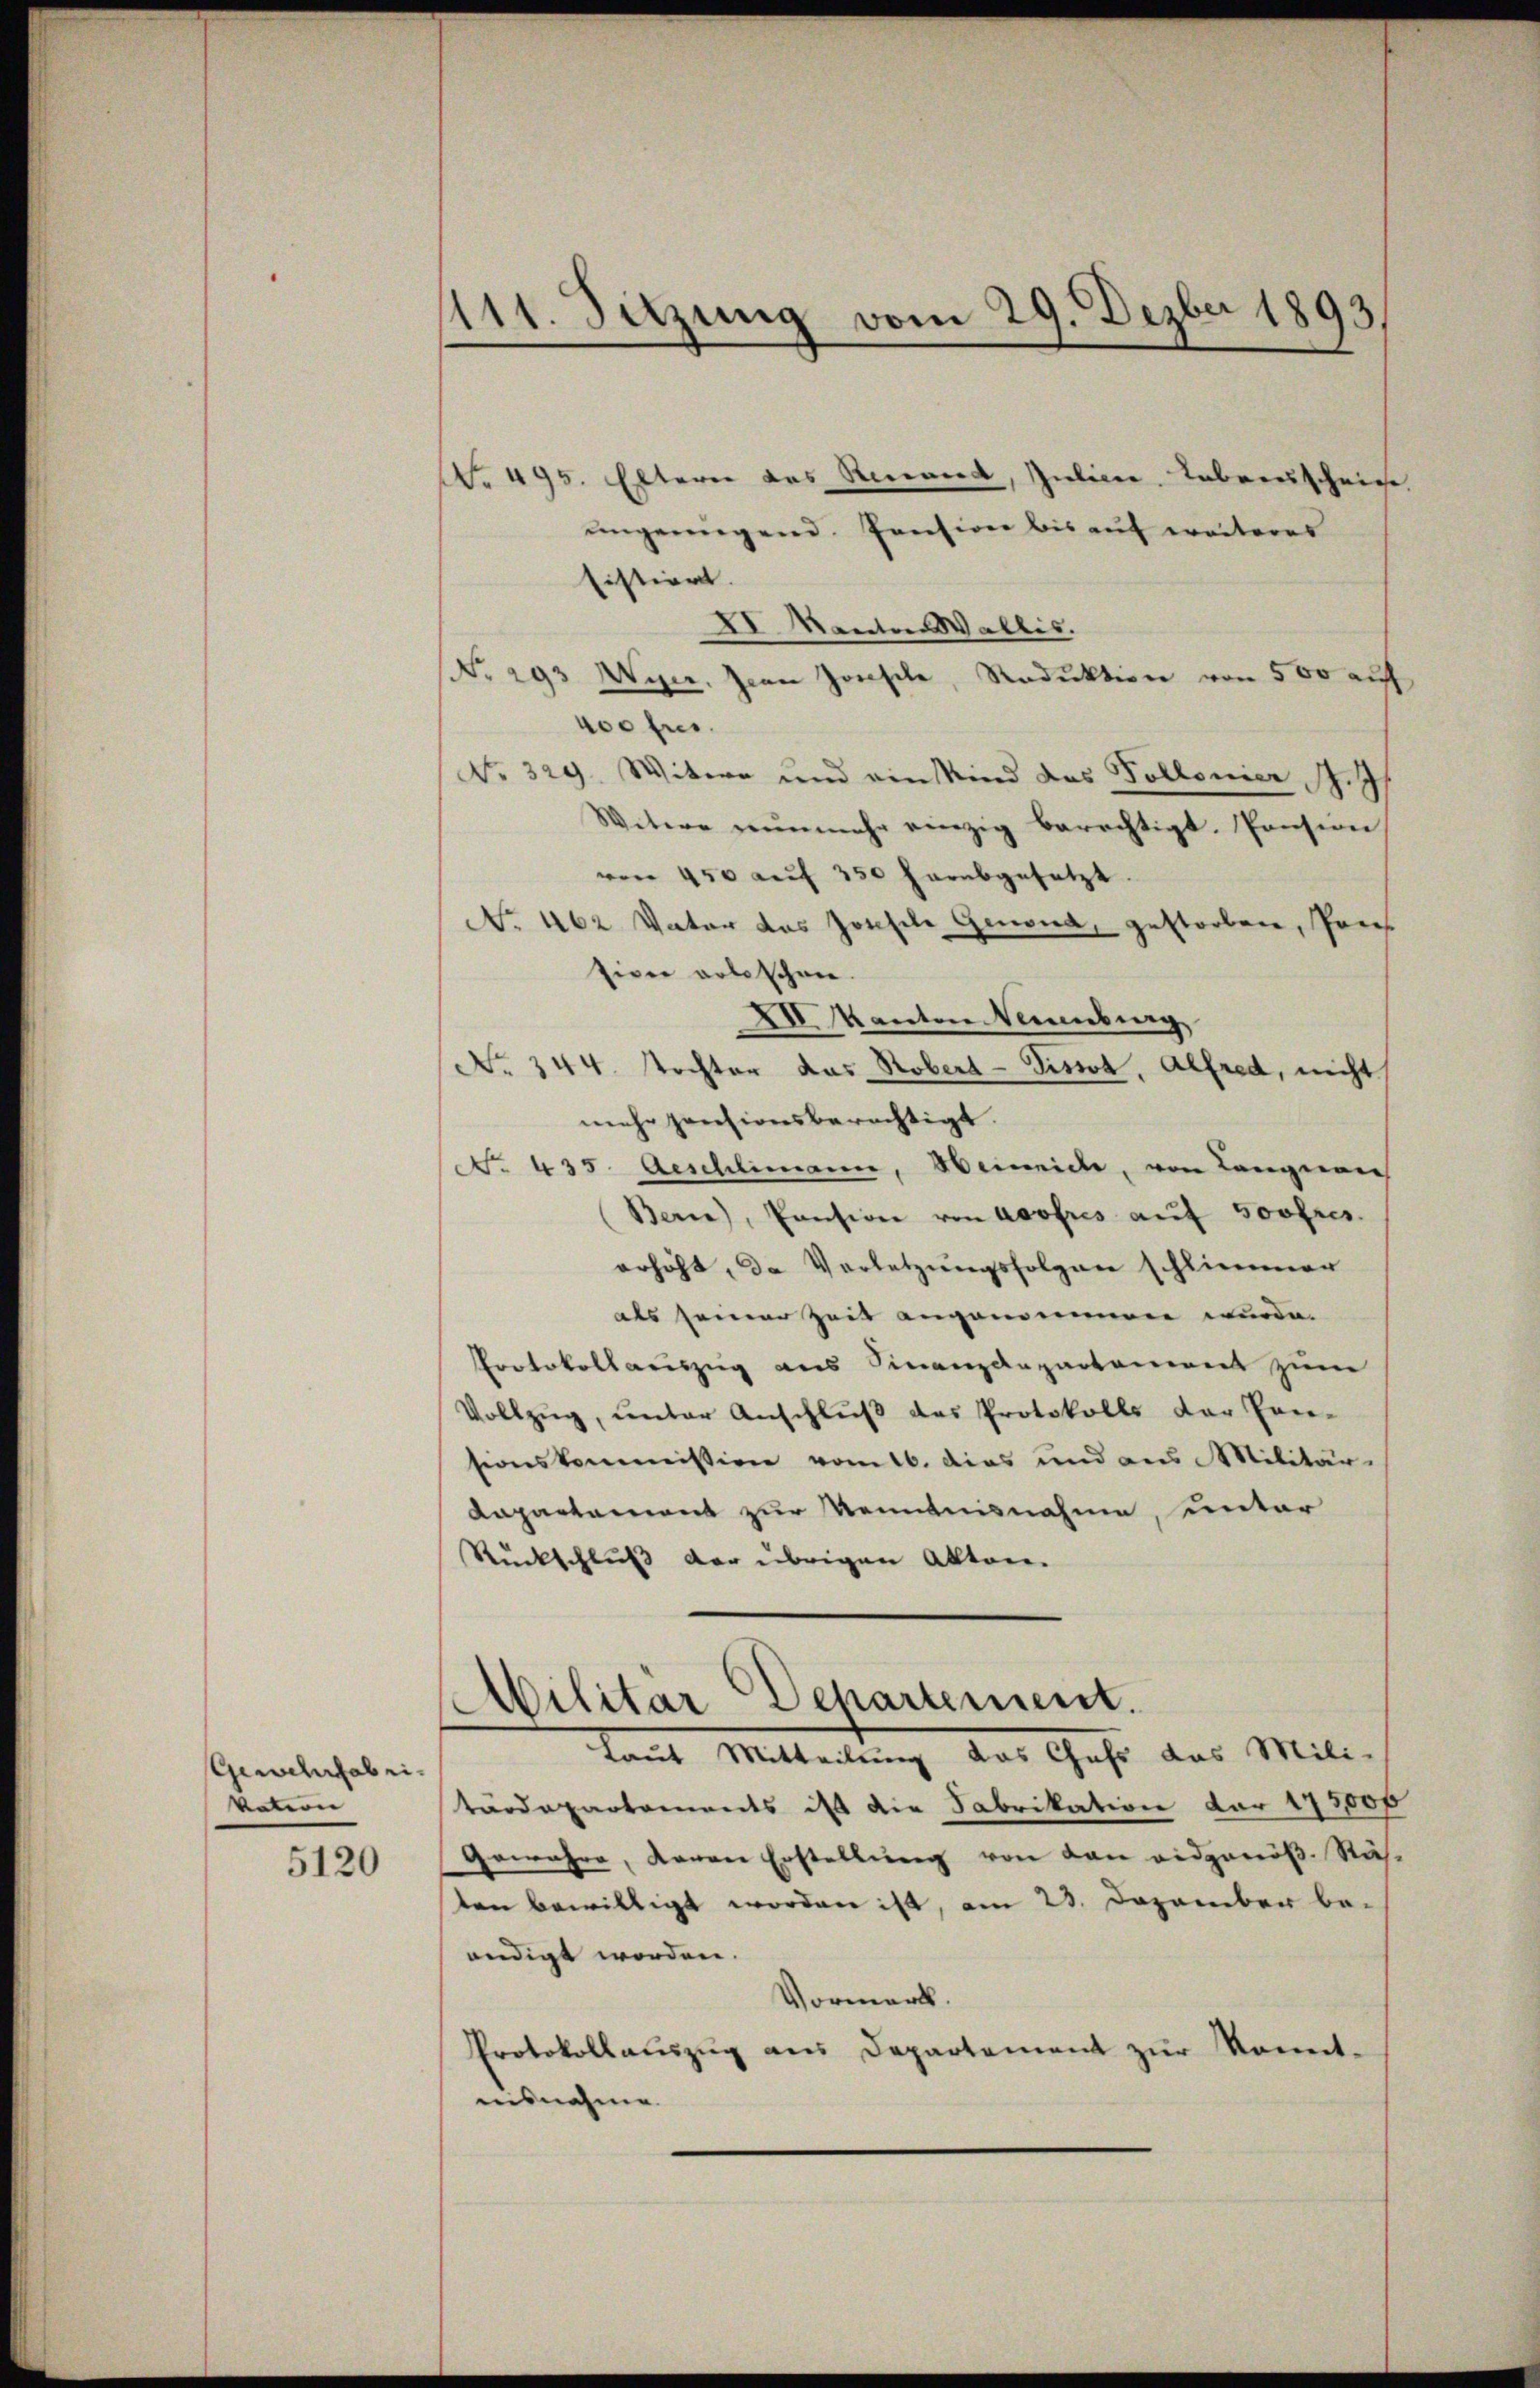
Gewehrfabrivation |

5120

111. Sitzung vom 29. Dezber 1893.

NNo. 495. Eltern das Recad, Juliere Lebenschrie
ŭngenügend. Pension bis aŭf weiteres
Eistiert.
XI Mentor Wallis.
No. 293 Wyer. Jean Zonsche, Reduktion von 500 auf
400 frs.
No. 329. Witwe und ein Kind das Pollonier J. J.
Witwe nŭnmehr einzig berechtigt. Pension
von 450 auf 350 herabgesetzt
No. 462 Vater das Josefile Genond, gestorben, Pries
tion erbeschen.
XI Kanton Neuburg
No. 344. Nochter das Stobert - Tisson, Alfred, nicht
mehr pensionsberechtigt.
(NNo. 435. Aeschlimann, eineide, von Langerie
Berne), Pension von Aoofres aŭf Soofres.
erhöht, da Verletzŭngsfolgen schlimmer
als seiner Zeit angenommen wurde.
PProtokollariszug aus Finanzdepartement zum
Vollzŭg, ŭnter Anschlŭβ das Protokolls der Con-
sionskommission vom 16. das und aus Militär
Kapartement zur Kenntnisnahme, unter
Rückschluß der übrigen Akten.
Militar Departement.
laut Mitteilung das Chefs das Mili-
tärdepartements ist die Fabrikation der 173,000
Gewähre, Baron Erstellŭng von dan eidgenöß. Näh
ten bewilligt worden ist, am 23. Dezember be-
endigt worden.
Vormerk.
Protokollauszug aus Departement zur Kennt-
uisnahme